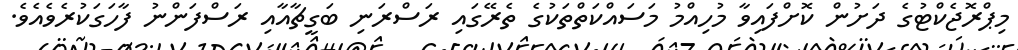
މިޕްރޮޖެކްޓުގެ ދަށުން ކޮށްފައިވާ މުހިއްމު މަސައްކަތްތަކުގެ ތެރޭގައި ރަސްރަނި ބަގީޗާއާއި ރަސްފަންނު ފާހަގަކުރެވެއެވެ.